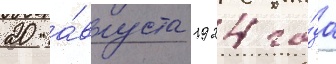
20 а́вгуста 1924 го́да